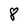
Character: 8